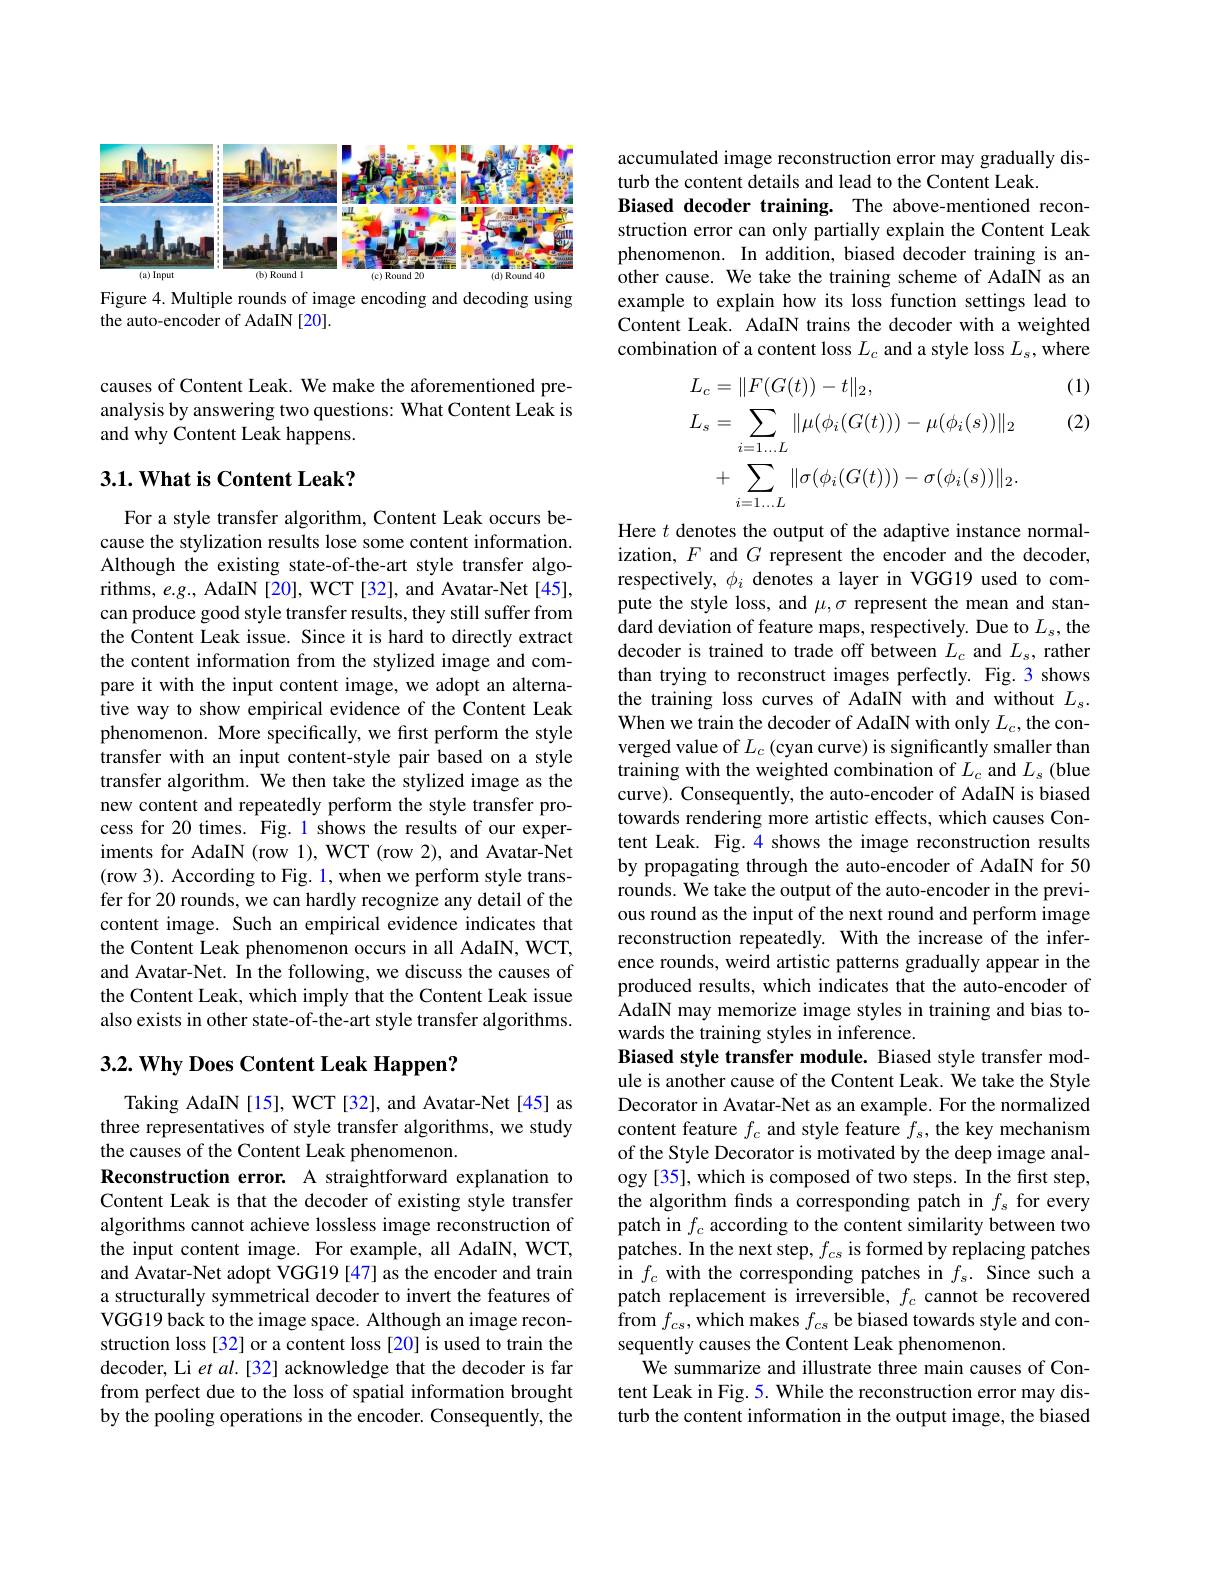
<FigureHere>
Figure 4. Multiple rounds of image encoding and decoding using

the auto-encoder of AdaIN [20].

causes of Content Leak. We make the aforementioned preanalysis by answering two questions: What Content Leak is and why Content Leak happens.

### $3. 1. \textbf{What is Content Leak? }$

For a style transfer algorithm, Content Leak occurs because the stylization results lose some content information. Although the existing state-of-the-art style transfer algorithms, $e.g.$, AdaIN [20], WCT [32], and Avatar-Net[45], can produce good style transfer results, they still suffer from the Content Leak issue. Since it is hard to directly extract the content information from the stylized image and compare it with the input content image, we adopt an alternative way to show empirical evidence of the Content Leak phenomenon. More specifically, we first perform the style transfer with an input content-style pair based on a style transfer algorithm. We then take the stylized image as the new content and repeatedly perform the style transfer process for 20 times. Fig. 1 shows the results of our experiments for AdaIN (row 1), WCT (row 2), and Avatar-Net (row 3). According to Fig. 1, when we perform style transfer for 20 rounds, we can hardly recognize any detail of the content image. Such an empirical evidence indicates that the Content Leak phenomenon occurs in all AdaIN, WCT, and Avatar-Net. In the following, we discuss the causes of the Content Leak, which imply that the Content Leak issue also exists in other state-of-the-art style transfer algorithms.

## $3. 2. \textbf{Why Does Content Leak Happen? }$

Taking AdaIN[15], WCT[32], and Avatar-Net[45] as three representatives of style transfer algorithms, we study the causes of the Content Leak phenomenon.
Reconstruction error. A straightforward explanation to Content Leak is that the decoder of existing style transfer algorithms cannot achieve lossless image reconstruction of the input content image. For example, all AdaIN, WCT, and Avatar-Net adopt VGG19 [47] as the encoder and train a structurally symmetrical decoder to invert the features of VGG19 back to the image space. Although an image reconstruction loss [32] or a content loss [20] is used to train the decoder, Li $etal.[32]$ acknowledge that the decoder is far from perfect due to the loss of spatial information brought by the pooling operations in the encoder. Consequently, the

accumulated image reconstruction error may gradually dis-
turb the content details and lead to the Content Leak.
Biased decoder training. The above-mentioned reconstruction error can only partially explain the Content Leak phenomenon. In addition, biased decoder training is another cause. We take the training scheme of AdaIN as an example to explain how its loss function settings lead to Content Leak. AdaIN trains the decoder with a weighted combination of a content loss $L_c$ and a style loss $L_s$,where

(1)

(2)
$$\begin{aligned}&L_{c}=\|F(G(t))-t\|_{2},\\&L_{s}=\sum_{i=1...L}\|\mu(\phi_{i}(G(t)))-\mu(\phi_{i}(s))\|_{2}\\&+\sum_{i=1...L}\|\sigma(\phi_{i}(G(t)))-\sigma(\phi_{i}(s))\|_{2}.\end{aligned}$$
Here $t$ denotes the output of the adaptive instance normalization, $F$ and $G$ represent the encoder and the decoder, respectively, $\phi_i$ denotes a layer in VGG19 used to compute the style loss, and $\mu,\sigma$ represent the mean and standard deviation of feature maps, respectively. Due to $L_s$,the decoder is trained to trade off between $L_c$ and $L_s$, rather than trying to reconstruct images perfectly. Fig. 3 shows the training loss curves of AdaIN with and without $L_\mathrm{s}.$ When we train the decoder of AdaIN with only $L_c$,the converged value of $L_c$ (cyan curve) is significantly smaller than training with the weighted combination of $L_c$ and $L_s$ (blue curve). Consequently, the auto-encoder of AdaIN is biased towards rendering more artistic effects, which causes Content Leak. Fig.4 shows the image reconstruction results by propagating through the auto-encoder of AdaIN for 50 rounds. We take the output of the auto-encoder in the previous round as the input of the next round and perform image reconstruction repeatedly. With the increase of the inference rounds, weird artistic patterns gradually appear in the produced results, which indicates that the auto-encoder of AdaIN may memorize image styles in training and bias towards the training styles in inference.
Biased style transfer module. Biased style transfer module is another cause of the Content Leak. We take the Style Decorator in Avatar-Net as an example. For the normalized content feature $f_c$ and style feature $f_s$, the key mechanism of the Style Decorator is motivated by the deep image analogy [35], which is composed of two steps. In the first step, the algorithm finds a corresponding patch in $f_s$ for every patch in $f_c$ according to the content similarity between two patches. In the next step, $f_cs$ is formed by replacing patches in $f_c$ with the corresponding patches in $f_s.$ Since such a patch replacement is irreversible, $f_c$ cannot be recovered from $f_cs$,which makes $f_cs\textbf{be biased towards style and con- }$ sequently causes the Content Leak phenomenon.
We summarize and illustrate three main causes of Content Leak in Fig. 5. While the reconstruction error may disturb the content information in the output image, the biased